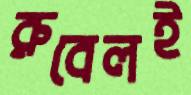
রুবেলই